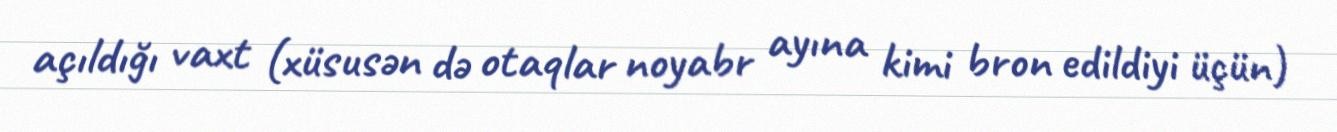
açıldığı vaxt (xüsusən də otaqlar noyabr ayına kimi bron edildiyi üçün)